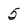
Character: 5